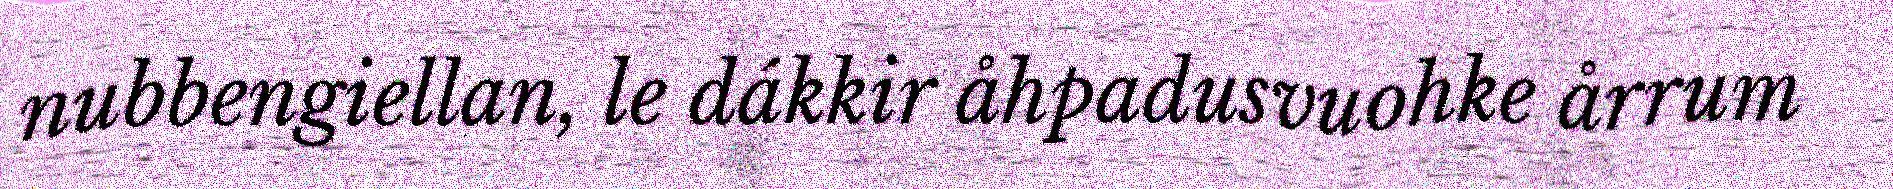
nubbengiellan, le dákkir åhpadusvuohke årrum